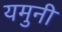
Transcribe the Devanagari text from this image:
यमुनी